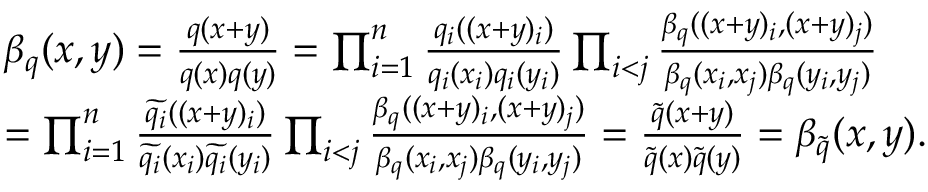
\begin{array} { r l } & { \beta _ { q } ( x , y ) = \frac { q ( x + y ) } { q ( x ) q ( y ) } = \prod _ { i = 1 } ^ { n } \frac { q _ { i } ( ( x + y ) _ { i } ) } { q _ { i } ( x _ { i } ) q _ { i } ( y _ { i } ) } \prod _ { i < j } \frac { \beta _ { q } ( ( x + y ) _ { i } , ( x + y ) _ { j } ) } { \beta _ { q } ( x _ { i } , x _ { j } ) \beta _ { q } ( y _ { i } , y _ { j } ) } } \\ & { = \prod _ { i = 1 } ^ { n } \frac { \widetilde { q _ { i } } ( ( x + y ) _ { i } ) } { \widetilde { q _ { i } } ( x _ { i } ) \widetilde { q _ { i } } ( y _ { i } ) } \prod _ { i < j } \frac { \beta _ { q } ( ( x + y ) _ { i } , ( x + y ) _ { j } ) } { \beta _ { q } ( x _ { i } , x _ { j } ) \beta _ { q } ( y _ { i } , y _ { j } ) } = \frac { \tilde { q } ( x + y ) } { \tilde { q } ( x ) \tilde { q } ( y ) } = \beta _ { \tilde { q } } ( x , y ) . } \end{array}